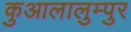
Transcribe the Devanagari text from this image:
कुआलालुम्पुर